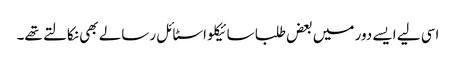
اسی لیے ایسے دور میں بعض طلبا سائیکلو اسٹائل رسالے بھی نکالتے تھے۔